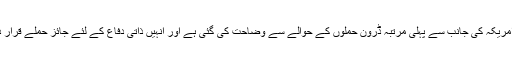
اسی ہفتے امریکہ کی جانب سے پہلی مرتبہ ڈرون حملوں کے حوالے سے وضاحت کی گئی ہے اور انہیں ذاتی دفاع کے لئے جائز حملے قرار دیا گیا ہے۔